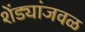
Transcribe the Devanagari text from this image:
शेंड्यांजवळ